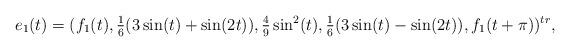
LaTeX: \begin{align*}e_1(t) = (f_1(t),\tfrac{1}{6}(3\sin(t)+\sin(2 t)), \tfrac{4}{9}\sin^2(t),\tfrac{1}{6}(3\sin(t) -\sin(2t)),f_1(t+\pi))^{tr},\end{align*}